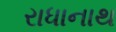
રાધાનાથ